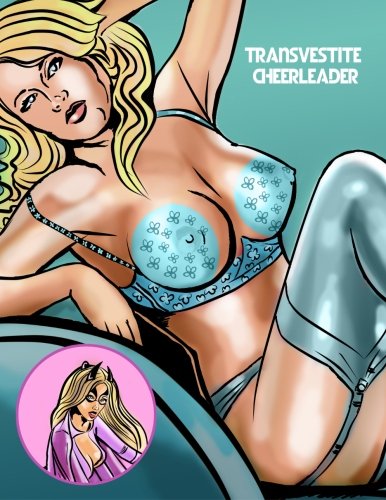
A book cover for Transvestite Cheerleader.; Diana Wood; Comics & Graphic Novels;